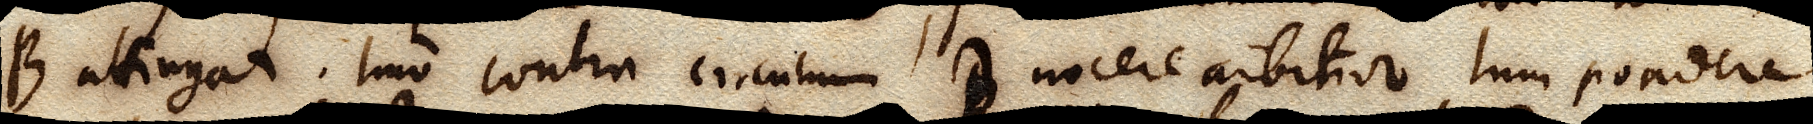
B attingat. Imo contra circulum D nocere arbitror tum pondere